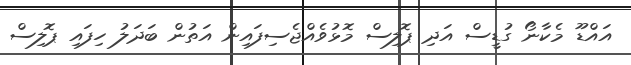
އައްޑޫ މެކާނޯ ގުޑީސް އަދި ޕޮލިސް މޮޅުވެއްޖެސިފައިން އަތުން ބަދަލު ހިފައި ޕޮލިސް